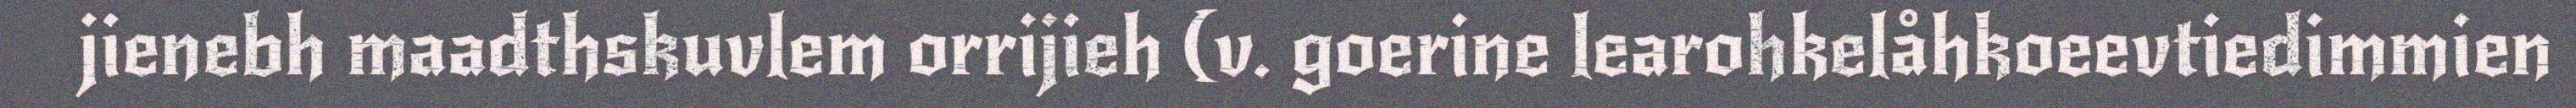
jienebh maadthskuvlem orrijieh (v. goerine learohkelåhkoeevtiedimmien